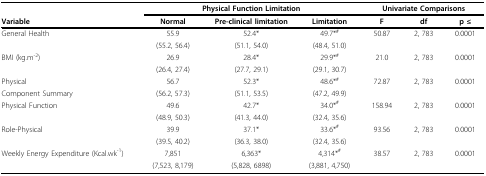
<table><thead><tr><td></td><td colspan="3"><b>Physical Function Limitation</b></td><td colspan="3"><b>Univariate Comparisons</b></td></tr></thead><tbody><tr><td><b>Variable</b></td><td><b>Normal</b></td><td><b>Pre-clinical limitation</b></td><td><b>Limitation</b></td><td><b>F</b></td><td><b>df</b></td><td><b>p ≤</b></td></tr><tr><td>General Health</td><td>55.9</td><td>52.4*</td><td>49.7*<sup>#</sup></td><td>50.87</td><td>2, 783</td><td>0.0001</td></tr><tr><td></td><td>(55.2, 56.4)</td><td>(51.1, 54.0)</td><td>(48.4, 51.0)</td><td></td><td></td><td></td></tr><tr><td>BMI (kg.m<sup>-2</sup>)</td><td>26.9</td><td>28.4*</td><td>29.9*<sup>#</sup></td><td>21.0</td><td>2, 783</td><td>0.0001</td></tr><tr><td></td><td>(26.4, 27.4)</td><td>(27.7, 29.1)</td><td>(29.1, 30.7)</td><td></td><td></td><td></td></tr><tr><td>Physical</td><td>56.7</td><td>52.3*</td><td>48.6*<sup>#</sup></td><td>72.87</td><td>2, 783</td><td>0.0001</td></tr><tr><td>Component Summary</td><td>(56.2, 57.3)</td><td>(51.1, 53.5)</td><td>(47.2, 49.9)</td><td></td><td></td><td></td></tr><tr><td>Physical Function</td><td>49.6</td><td>42.7*</td><td>34.0*<sup>#</sup></td><td>158.94</td><td>2, 783</td><td>0.0001</td></tr><tr><td></td><td>(48.9, 50.3)</td><td>(41.3, 44.0)</td><td>(32.4, 35.6)</td><td></td><td></td><td></td></tr><tr><td>Role-Physical</td><td>39.9</td><td>37.1*</td><td>33.6*<sup>#</sup></td><td>93.56</td><td>2, 783</td><td>0.0001</td></tr><tr><td></td><td>(39.5, 40.2)</td><td>(36.3, 38.0)</td><td>(32.4, 35.6)</td><td></td><td></td><td></td></tr><tr><td>Weekly Energy Expenditure (Kcal.wk<sup>-1</sup>)</td><td>7,851</td><td>6,363*</td><td>4,314*<sup>#</sup></td><td>38.57</td><td>2, 783</td><td>0.0001</td></tr><tr><td></td><td>(7,523, 8,179)</td><td>(5,828, 6898)</td><td>(3,881, 4,750)</td><td></td><td></td><td></td></tr></tbody></table>